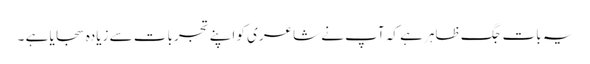
یہ بات جگ ظاہر ہے کہ آپ نے شاعری کو اپنے تجربات سے زیادہ سجایا ہے ۔